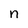
Character: n